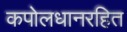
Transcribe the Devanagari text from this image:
कपोलधानरहित